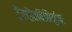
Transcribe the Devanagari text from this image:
द्वैताद्वैतविनिर्मुक्तः